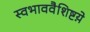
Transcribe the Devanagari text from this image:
स्वभाववैशिष्टय़े